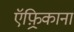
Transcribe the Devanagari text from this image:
ऍफ़्रिकाना